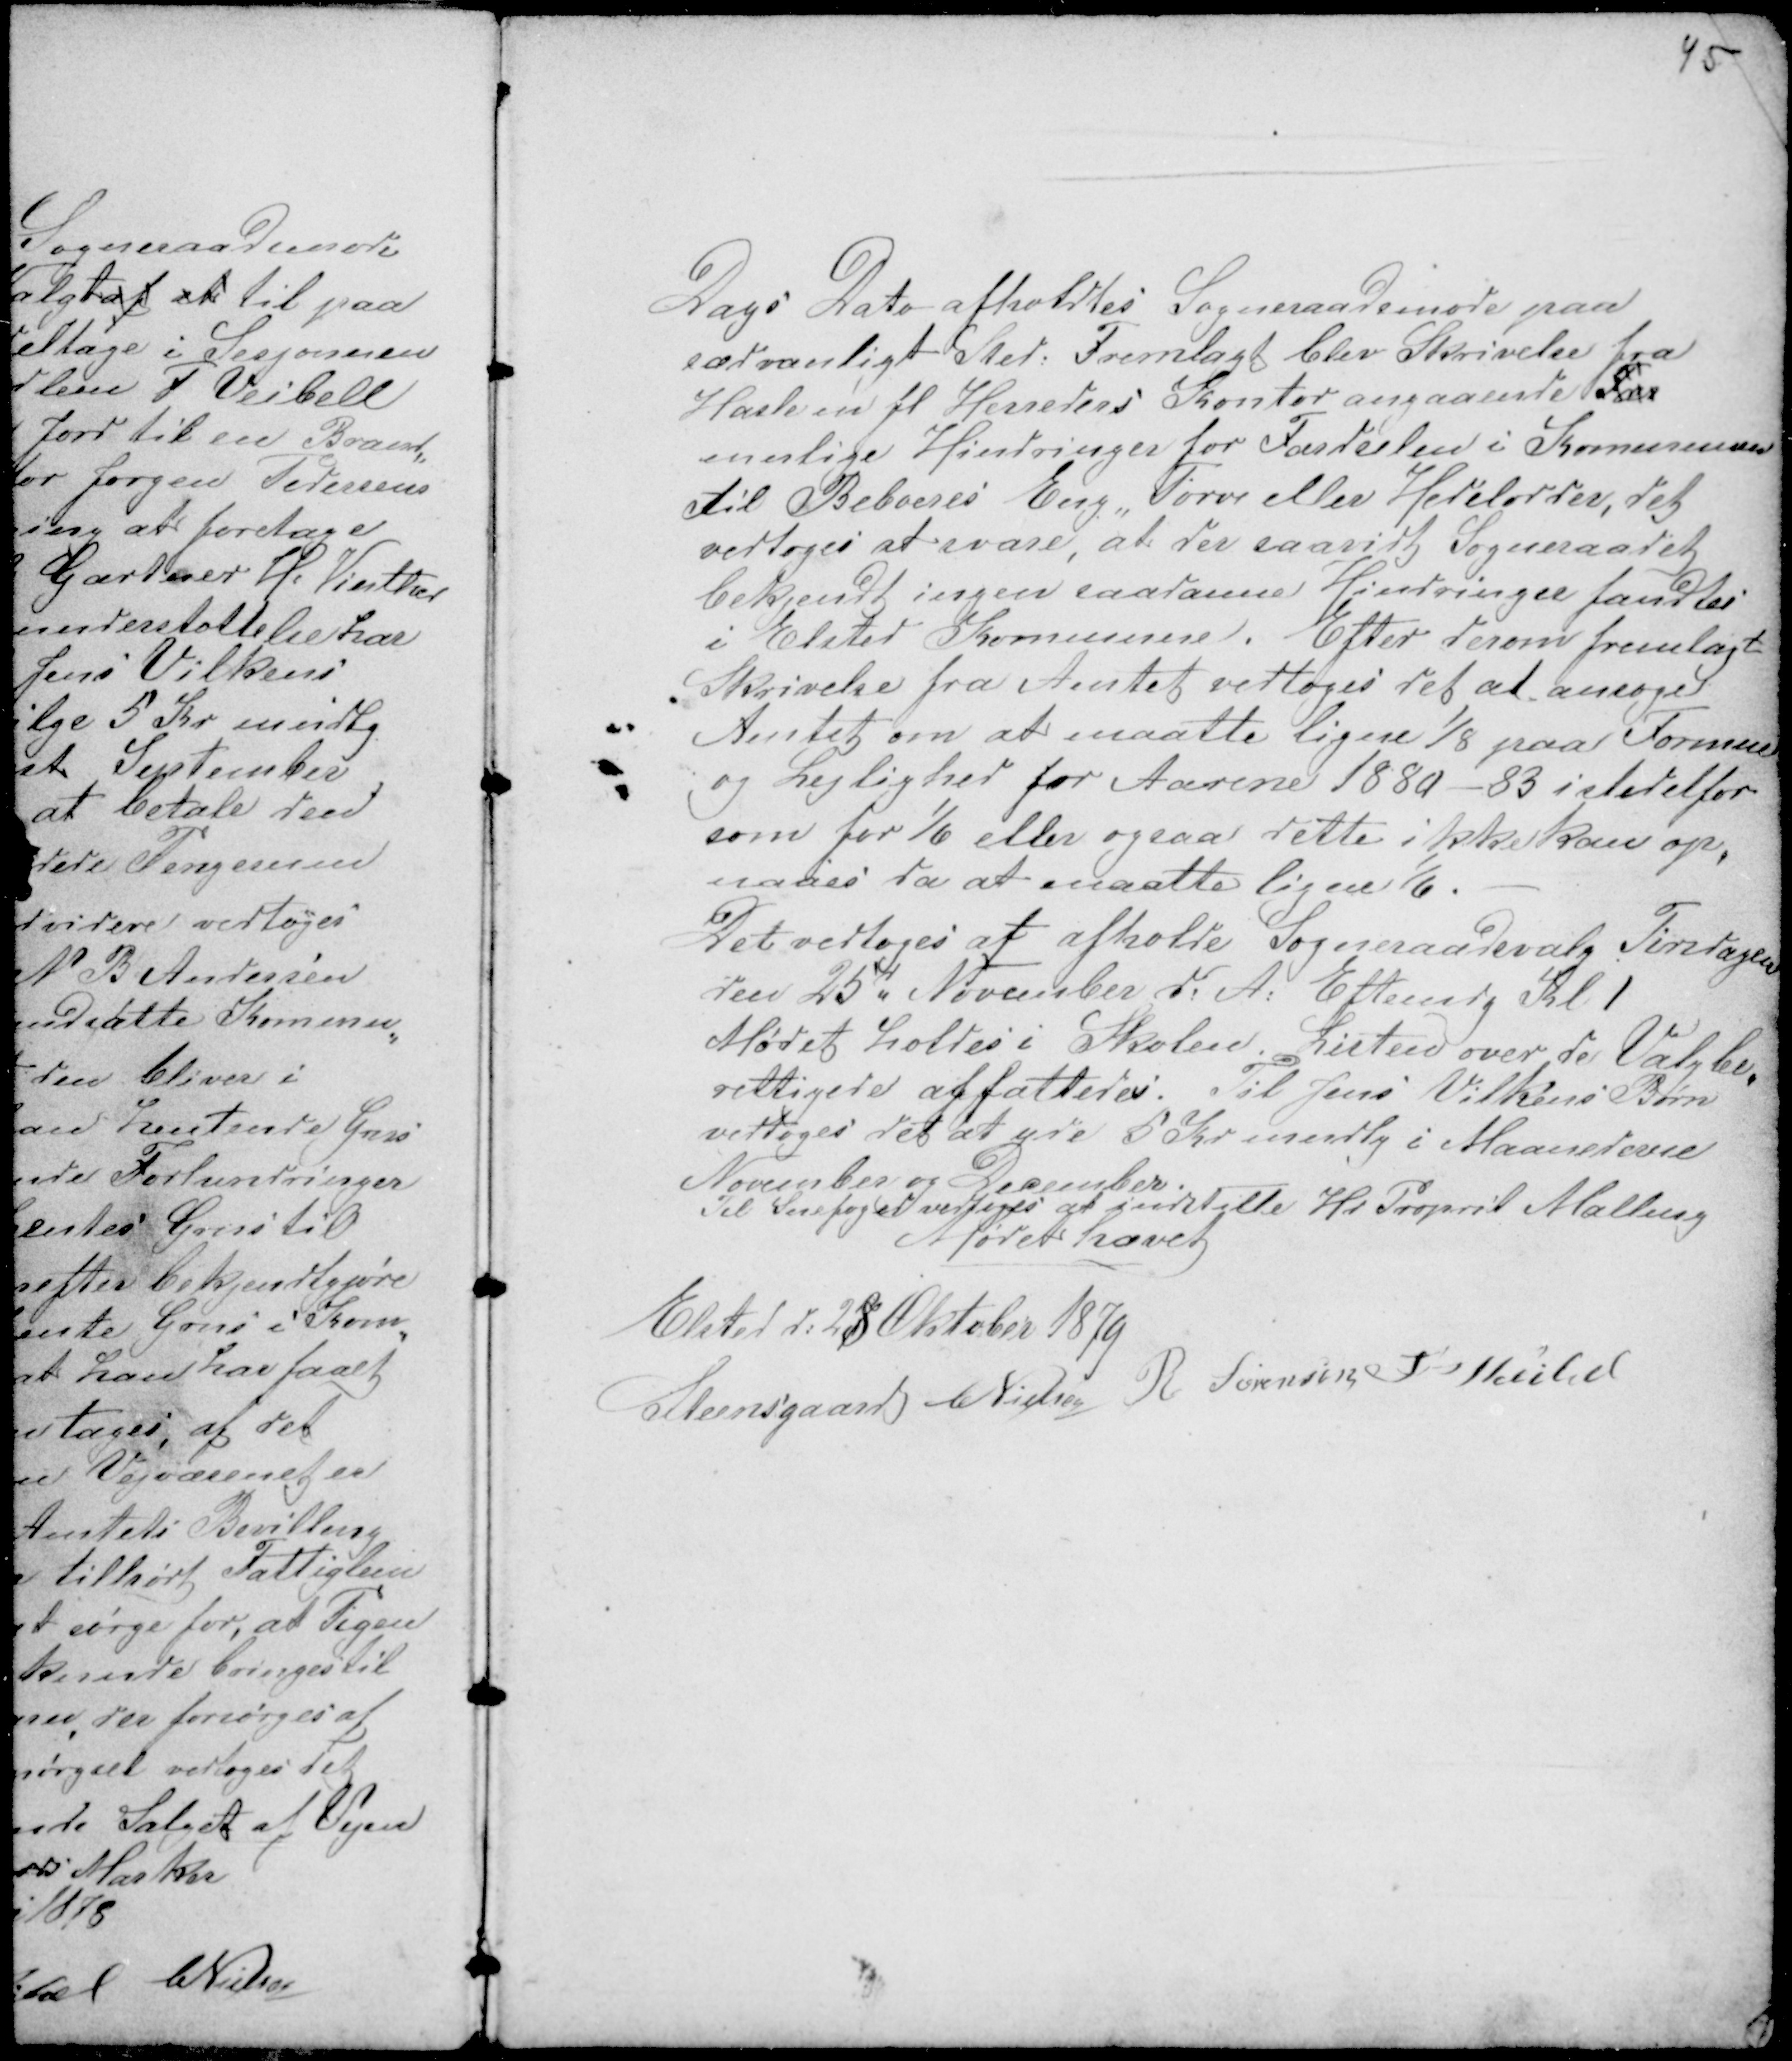
Transskription:
45

Dags Dato afholdtes Sogneraadsmøde paa
sædvanligt Sted. Fremlagt blev Skrivelse fra
Hasle m fl Herreders Kontor angaaende Fær
mulige Hindringer for Færdeslen i Kommunen
til Beboeres Eng, Tørve eller Hedelodder, det
vedtoges at svare, at der saavidt Sogneraadet
bekjendt ingen saadanne Hindringer fandtes
i Elsted Kommune. Efter derom fremlagt
Skrivelse fra Amtet vedtoges det at ansøge
Amtet om at maatte ligne 1/8 paa Formue
og Lejlighed for Aarene 1880 - 83 istedetfor
som før 1/6 eller ogsaa dette ikke kan op-
naaes da at maatte ligne 1/6. -
Det vedtoges at afholde Sogneraadsvalg Tirsdagen
den 25d November d: A: Eftemdg Kl 1
Mødet holdes i Skolen. Listen over de Valgbe-
rettigede affattedes. Til Jens Vilkens Børn
vedtoges det at yde 5 Kr mndlg i Maanederne
November og December .
Til Snefoged vedtoges at indstille Hr Proprit Malling
Mødet hævet

Elsted d: 28 Oktober 1879
Steensgaard CNielsen R Sørensen F Veibel